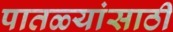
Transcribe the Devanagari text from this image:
पातळ्यांसाठी